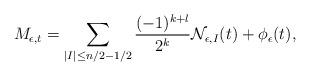
LaTeX: \begin{align*}M_{\epsilon,t}=\sum_{|I|\leq n/2-1/2}\frac{(-1)^{k+l}}{2^k}\mathcal N_{\epsilon,I}(t)+\phi_\epsilon(t),\end{align*}